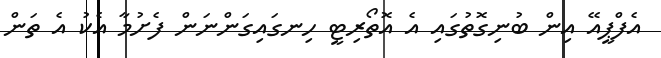
އެފްޕީއޭ އިން ބުނިގޮތުގައި އެ އޮތޯރިޓީ ހިނގައިގަންނަން ފެށުމާ އެކު އެ ތަން